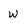
Character: W